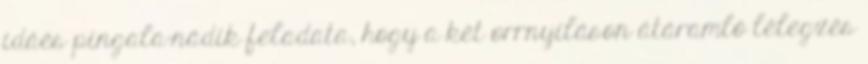
ídáés pingala-nádík feladata, hogy a két orrnyíláson átáramló lélegzés